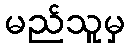
မည်သူမှ